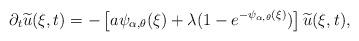
LaTeX: \begin{align*}\partial _{t}\widetilde{u}(\xi ,t)=-\left[ a\psi _{\alpha ,\theta }(\xi)+\lambda (1-e^{-\psi _{\alpha ,\theta }(\xi )})\right] \widetilde{u}(\xi,t), \end{align*}